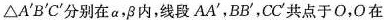
△A'B'C'分别在α， β 内，线段AA'，BB'，CC'共点于O，O在